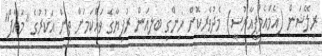
ރިލޭޝަން (އެމްއެމްޕީއާރުސީ) މެދުވެރިކޮށް ހިންގި ބިލިއަން ރުފިޔާގެ ވައްކަމަށް ތިން އަކުރުގެ "މައާފް"